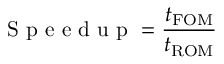
\mathrm { ~ S ~ p ~ e ~ e ~ d ~ u ~ p ~ } = \frac { t _ { \mathrm { F O M } } } { t _ { \mathrm { R O M } } }